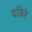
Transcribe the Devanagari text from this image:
दयिरे